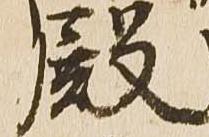
殿